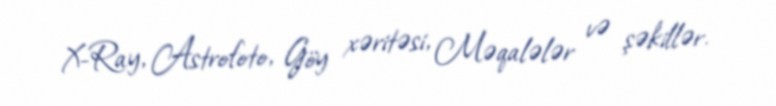
X-Ray, Astrofoto, Göy xəritəsi, Məqalələr və şəkillər.